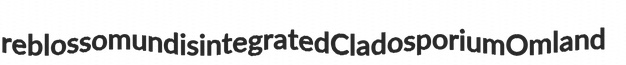
reblossom undisintegrated Cladosporium Omland